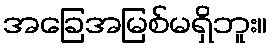
အခြေအမြစ်မရှိဘူး။